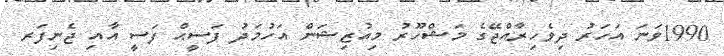
1990ވަނަ އަހަރު ދިވެހިރާއްޖޭގެ މަޝްހޫރު މިއުޒިޝަން އަހުމަދު ފަސީޙް ފަސީ އާއި ޖެނިފަރ